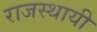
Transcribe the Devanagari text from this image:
राजस्थायी